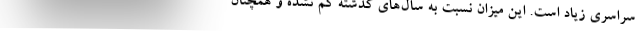
سراسری زیاد است. این میزان نسبت به سال‌های گذشته کم نشده و همچنان